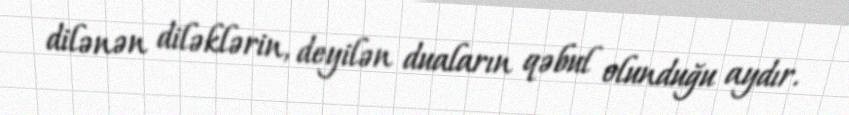
dilənən diləklərin, deyilən duaların qəbul olunduğu aydır.